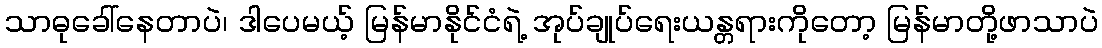
သာဓုခေါ်နေတာပဲ၊ ဒါပေမယ့် မြန်မာနိုင်ငံရဲ့ အုပ်ချုပ်ရေးယန္တရားကိုတော့ မြန်မာတို့ဖာသာပဲ